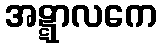
အဋ္ဋာလကေ